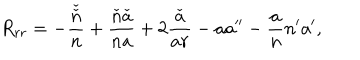
R _ { r r } = - \frac { \check { \check { n } } } { n } + \frac { \check { n } \check { a } } { n a } + 2 \frac { \check { a } } { a r } - a a ^ { \prime \prime } - \frac { a } { n } n ^ { \prime } a ^ { \prime } ,